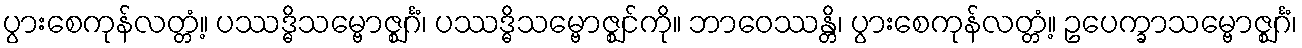
ပွားစေကုန်လတ္တံ့။ ပဿဒ္ဓိသမ္ဗောဇ္ဈင်္ဂံ၊ ပဿဒ္ဓိသမ္ဗောဇ္ဈင်ကို။ ဘာဝေဿန္တိ၊ ပွားစေကုန်လတ္တံ့။ ဥပေက္ခာသမ္ဗောဇ္ဈင်္ဂံ၊